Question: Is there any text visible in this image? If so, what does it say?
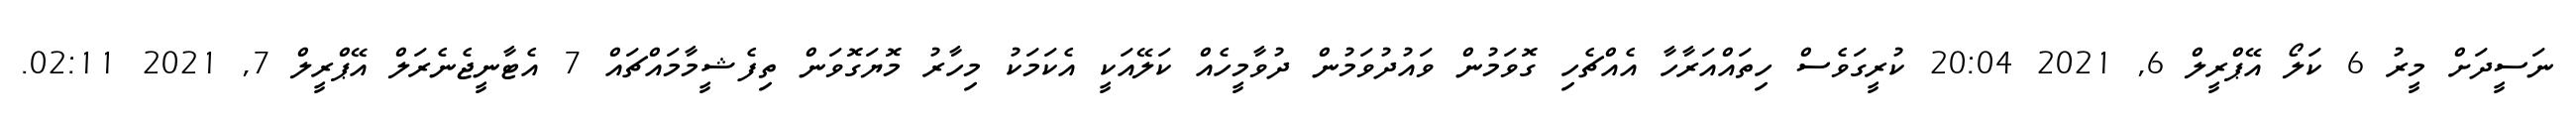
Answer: ނަސީދަށް މީރު 6 ކަލޯ އޭޕްރީލް 6, 2021 20:04 ކުރީގަވެސް ހިތައްއަރާހާ އެއްޗެހި ގޮވަމުން ވައުދުވަމުން ދުވާމީހެއް ކަލޭއަކީ އެކަމަކު މިހާރު މޮޔަގޮވަން ތިފެޝީމާމައްޗައް 7 އެޓާނީޖެނެރަލް އޭޕްރީލް 7, 2021 02:11.